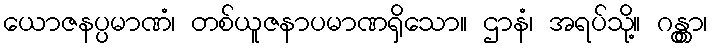
ယောဇနပ္ပမာဏံ၊ တစ်ယူဇနာပမာဏရှိသော။ ဌာနံ၊ အရပ်သို့။ ဂန္တွာ၊